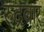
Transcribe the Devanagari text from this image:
रुद्रवार